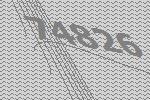
74826